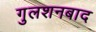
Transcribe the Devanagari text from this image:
गुलशनबाद